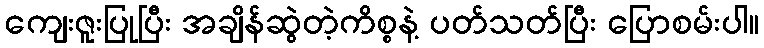
ကျေးဇူးပြုပြီး အချိန်ဆွဲတဲ့ကိစ္စနဲ့ ပတ်သတ်ပြီး ပြောစမ်းပါ။